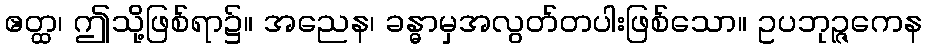
ဧတ္ထ၊ ဤသို့ဖြစ်ရာ၌။ အညေန၊ ခန္ဓာမှအလွတ်တပါးဖြစ်သော။ ဥပဘုဉ္ဇကေန